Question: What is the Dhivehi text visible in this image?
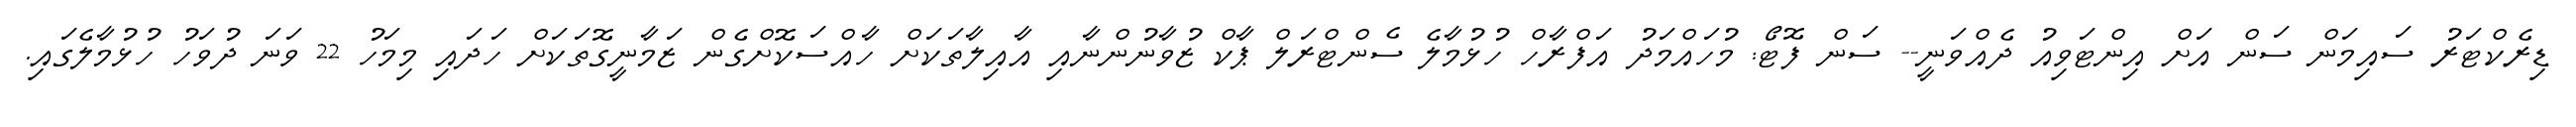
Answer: ޑިރެކްޓަރު ސައިމަން ސަން އަށް އިންޓަވިއު ދެއްވަނީ-- ސަން ފޮޓޯ: މުހައްމަދު އަފްރާހް ހުޅުމާލެ ސެންޓްރަލް ޕާކް ޒުވާނުންނާއި އާއިލާތަކަށް ހާއްސަކޮށްގެން ޒަމާނީގޮތަކަށް ހަދައި މިމަހު 22 ވަނަ ދުވަހު ހުޅުމާލެގައި.